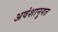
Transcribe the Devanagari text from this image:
अवंशानुगत